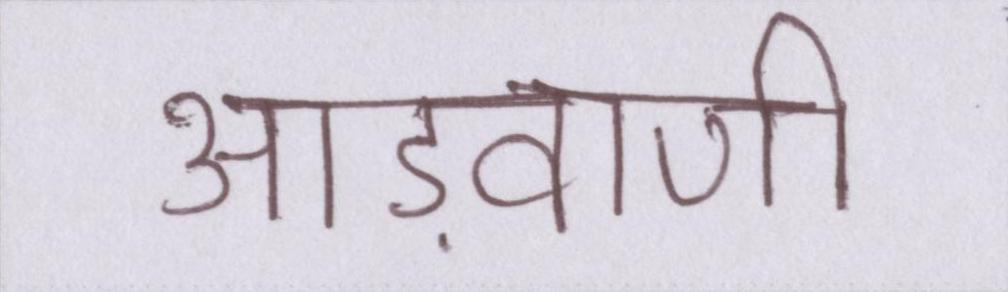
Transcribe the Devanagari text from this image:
आड़वाणी